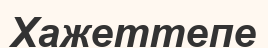
Хажеттепе